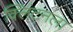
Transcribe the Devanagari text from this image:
क्लिंटनला